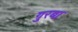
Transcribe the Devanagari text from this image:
गुरबा